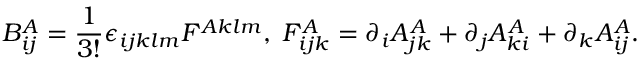
B _ { i j } ^ { A } = \frac { 1 } { 3 ! } \epsilon _ { i j k l m } F ^ { A k l m } , \; F _ { i j k } ^ { A } = \partial _ { i } A _ { j k } ^ { A } + \partial _ { j } A _ { k i } ^ { A } + \partial _ { k } A _ { i j } ^ { A } .